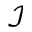
\mathcal { I }